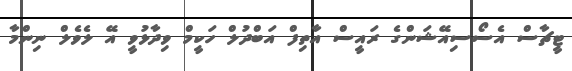
ޓީޗާސް އެސޯސިއޭޝަންގެ ރައީސް އާތިފް އަބްދުލް ހަކީމް ވިދާޅުވީ އޭ ލެވެލް ނިންމާ